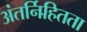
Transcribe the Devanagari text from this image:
अंतर्निहितता